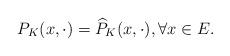
LaTeX: \begin{align*}P_K(x,\cdot)=\widehat{P}_K(x,\cdot),\forall x\in E.\end{align*}